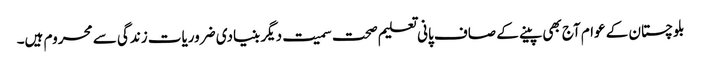
بلوچستان کے عوام آج بھی پینے کے صاف پانی تعلیم صحت سمیت دیگر بنیادی ضروریات زندگی سے محروم ہیں۔